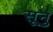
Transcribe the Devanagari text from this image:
सूनु